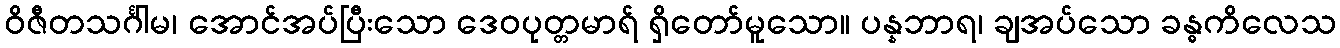
ဝိဇီတသင်္ဂါမ၊ အောင်အပ်ပြီးသော ဒေဝပုတ္တမာရ် ရှိတော်မူသော။ ပန္နဘာရ၊ ချအပ်သော ခန္ဓကိလေသ